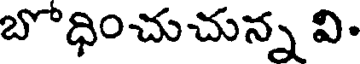
బోధించుచున్న వి.